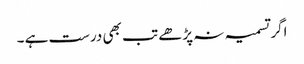
اگر تسمیہ نہ پڑھے تب بھی درست ہے ۔